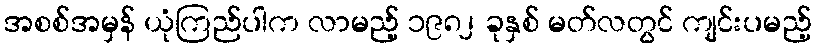
အစစ်အမှန် ယုံကြည်ပါက လာမည့် ၁၉၈၂ ခုနှစ် မတ်လတွင် ကျင်းပမည့်